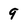
Character: 9